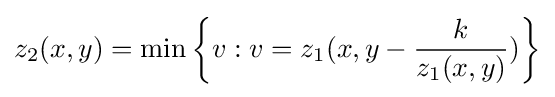
z_{2}(x,y)=\min \left\{v:v=z_{1}(x,y-{\frac {k}{z_{1}(x,y)}})\right\}